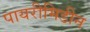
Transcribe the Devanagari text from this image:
पायरीमिडीन